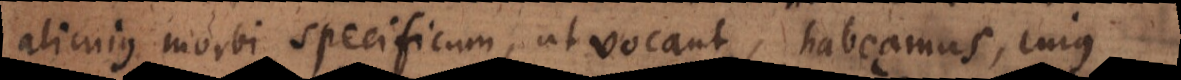
alicujus morbi specificum, ut vocant, habeamus, cujus